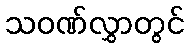
သဝဏ်လွှာတွင်